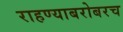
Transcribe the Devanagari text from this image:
राहण्याबरोबरच